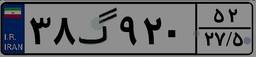
۳۷گ۶۵۴۶۴